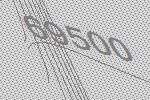
69500